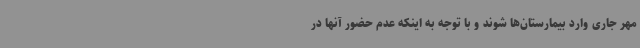
مهر جاری وارد بیمارستان‌ها شوند و با توجه به اینکه عدم حضور آنها در